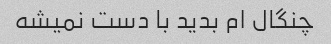
چنگال ام بدید با دست نمیشه